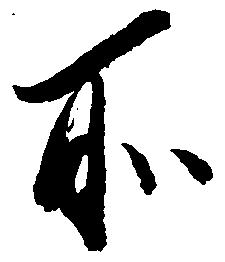
所